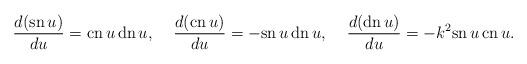
LaTeX: \begin{align*}\frac{d(\mbox{sn}\,u)}{du} = \mbox{cn}\,u\,\mbox{dn}\,u,\;\;\;\;\frac{d(\mbox{cn}\,u)}{du} = -\mbox{sn}\,u\,\mbox{dn}\,u,\;\;\;\;\frac{d(\mbox{dn}\,u)}{du} = -k^2 \mbox{sn}\,u\,\mbox{cn}\,u.\end{align*}